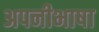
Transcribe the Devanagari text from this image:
अपनीभाषा